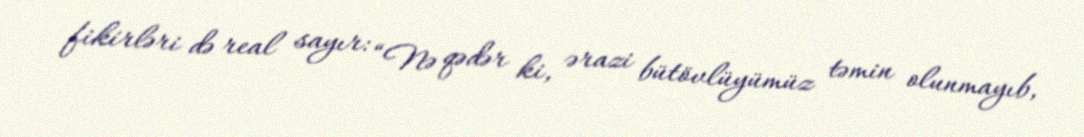
fikirləri də real sayır: “Nə qədər ki, ərazi bütövlüyümüz təmin olunmayıb,